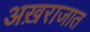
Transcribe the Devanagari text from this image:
अख़राजात